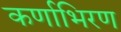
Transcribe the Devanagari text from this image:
कर्णाभिरण